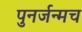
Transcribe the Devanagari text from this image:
पुनर्जन्मच